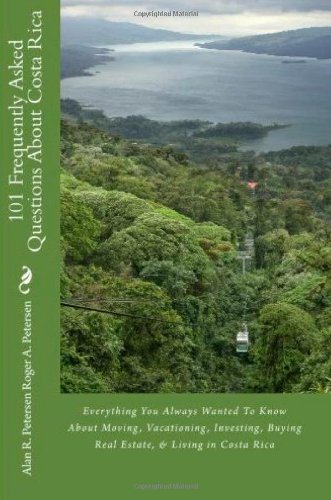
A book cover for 101 Frequently Asked Questions About Costa Rica: Everything You Always Wanted To Know About Moving, Vacationing, Investing, Buying Real Estate, & Living in Costa Rica; Alan R. Petersen; Travel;